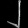
Digit: ၂